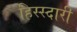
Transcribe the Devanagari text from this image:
हिस्स्दारी